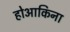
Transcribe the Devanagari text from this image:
होआकिना